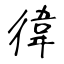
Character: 徫